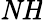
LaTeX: \mathit{NH}